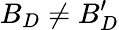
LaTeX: B_{D}\neq B_{D}^{\prime}